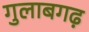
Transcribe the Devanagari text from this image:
गुलाबगढ़